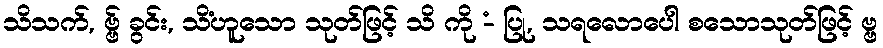
သိသက်, ဗ္ဗ် ခွင်း, သိံဟူသော သုတ်ဖြင့် သိ ကို -ံ ပြု, သရလောပေါ စသောသုတ်ဖြင့် ဗ္ဗ